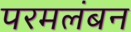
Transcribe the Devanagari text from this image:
परमलंबन